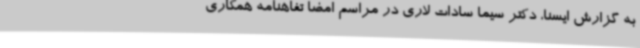
به گزارش ایسنا، دکتر سیما سادات لاری در مراسم امضا تفاهنامه همکاری